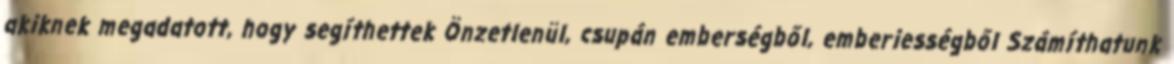
akiknek megadatott, hogy segíthettek Önzetlenül, csupán emberségből, emberiességből Számíthatunk